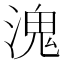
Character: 溾